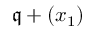
{ \mathfrak { q } } + ( x _ { 1 } )